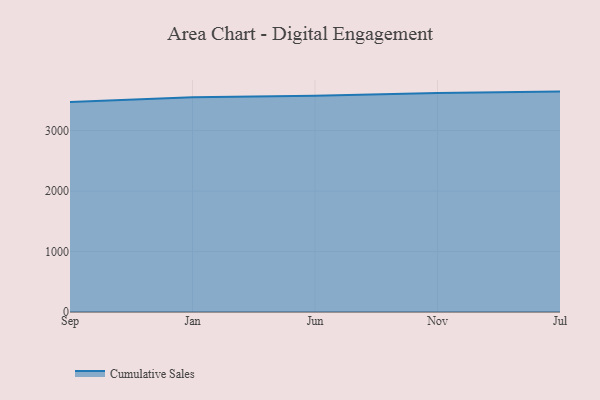
{"axis": {"x": "Month", "y": "Market Share (%)"}, "legend": ["Cumulative Sales"], "data": [{"x": "Sep", "y": 3472.3, "type": "Cumulative Sales"}, {"x": "Jan", "y": 3552.1, "type": "Cumulative Sales"}, {"x": "Jun", "y": 3575.0, "type": "Cumulative Sales"}, {"x": "Nov", "y": 3620.6, "type": "Cumulative Sales"}, {"x": "Jul", "y": 3644.8, "type": "Cumulative Sales"}]}